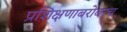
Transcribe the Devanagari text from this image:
प्रशिक्षणाबरोबरच